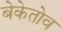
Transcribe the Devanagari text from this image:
बेकेतोव